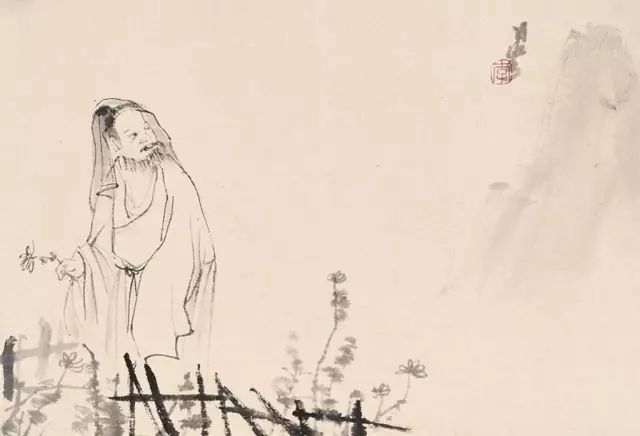
此中有真意，欲辨已忘言。